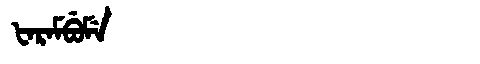
Manchu: ᡶᠠᡵᠠᠮᠪᡠᠮᡝ
Romanization: FARAMBUME